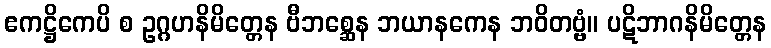
ဧကဋ္ဌိကေပိ စ ဥဂ္ဂဟနိမိတ္တေန ဗီဘစ္ဆေန ဘယာနကေန ဘဝိတဗ္ဗံ။ ပဋိဘာဂနိမိတ္တေန